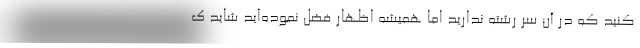
کنید که در آن سر رشته ندارید اما همیشه اظهار فضل نموده‌اید شاید ک